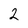
Character: 2